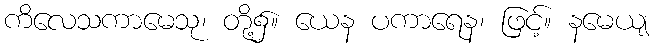
ကိလေသကာမေသု၊ တို့၌။ ယေန ပကာရေန၊ ဖြင့်။ နမေယျ